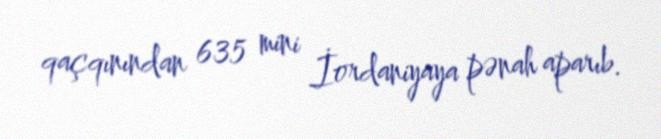
qaçqınından 635 mini İordaniyaya pənah aparıb.